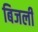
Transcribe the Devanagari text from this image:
बिजली